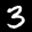
Label: 3